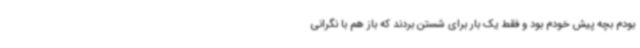
بودم بچه پیش خودم بود و فقط یک بار برای شستن بردند که باز هم با نگرانی